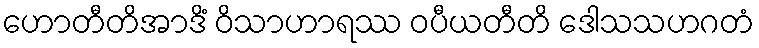
ဟောတီတိအာဒိံ ဝိသာဟာရဿ ဝပီယတီတိ ဒေါသသဟဂတံ